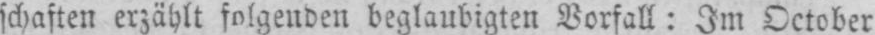
schaften erzählt folgenden beglaubigten Vorfall: Im October